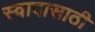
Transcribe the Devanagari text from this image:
स्वादासाठी